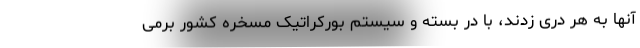
آنها به هر دری زدند، با در بسته و سیستم بورکراتیک مسخره کشور برمی